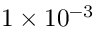
1 \times 1 0 ^ { - 3 }